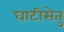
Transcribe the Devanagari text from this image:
घाटीसेतु